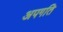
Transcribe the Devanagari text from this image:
अपगति